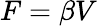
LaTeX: F=\beta V